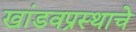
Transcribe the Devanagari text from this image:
खांडवप्रस्थाचे